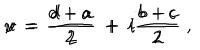
u \, = \, \frac { d + a } { 2 } \; + \; i \frac { b - c } { 2 } \hspace { . 2 c m } , \hspace { . 2 c m } v \, = \, \frac { d - a } { 2 } \; + \; i \frac { b + c } { 2 } \; ,